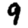
Digit: 9